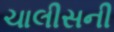
ચાલીસની